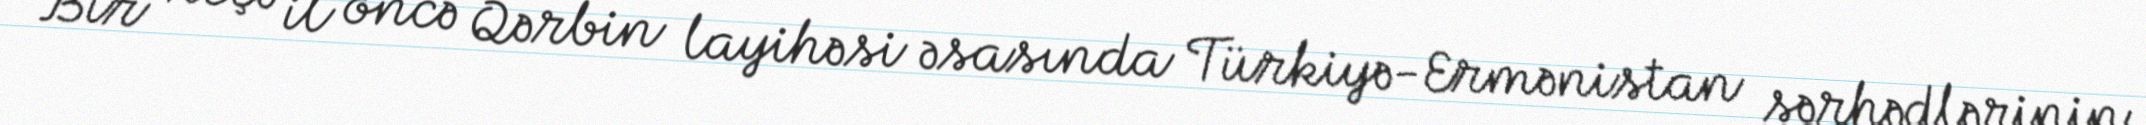
Bir neçə il öncə Qərbin layihəsi əsasında Türkiyə-Ermənistan sərhədlərinin